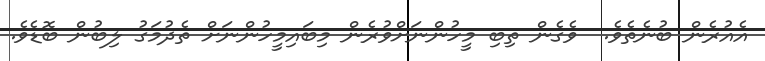
އެއުރެން ބުނެތެވެ.  ވެގެން ތިބި މީހުންނަށްވުރެން މިބައިމީހުންނަށް ތެދުމަގު ލިބުން ބޮޑެވެ.